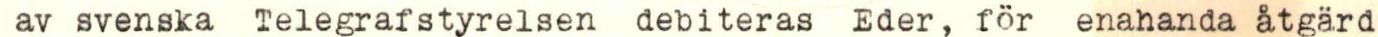
av svenska Telegrafstyrelsen debiteras Eder, för enahanda åtgärd